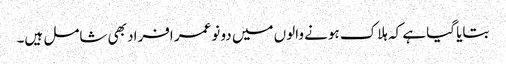
بتایا گیا ہے کہ ہلاک ہونے والوں میں دو نوعمر افراد بھی شامل ہیں۔